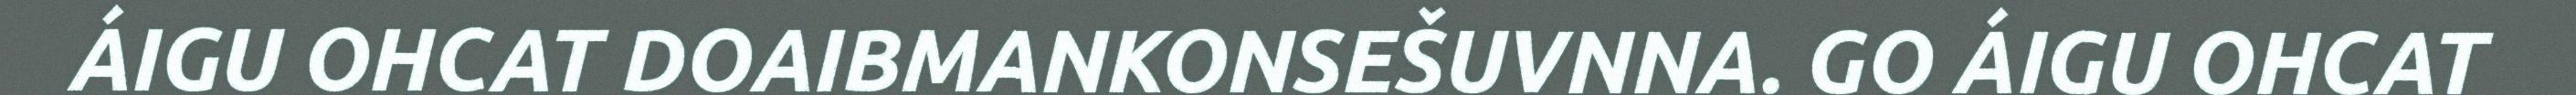
ÁIGU OHCAT DOAIBMANKONSEŠUVNNA. GO ÁIGU OHCAT